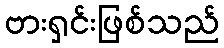
ဗားရှင်းဖြစ်သည်